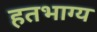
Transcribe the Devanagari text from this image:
हतभाग्य